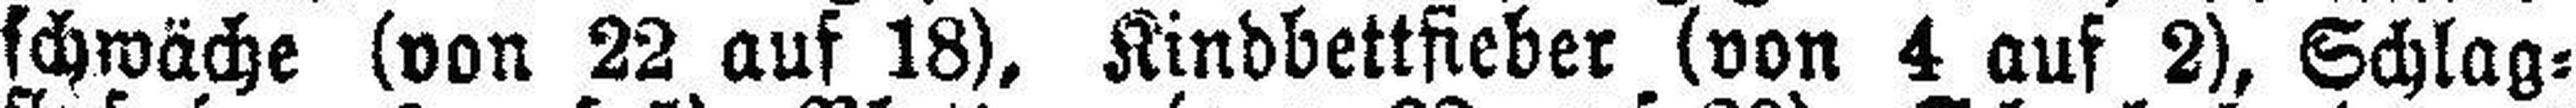
schwäche (von 22 auf 18), Kindbettfieber (von 4 auf 2), Schlag¬